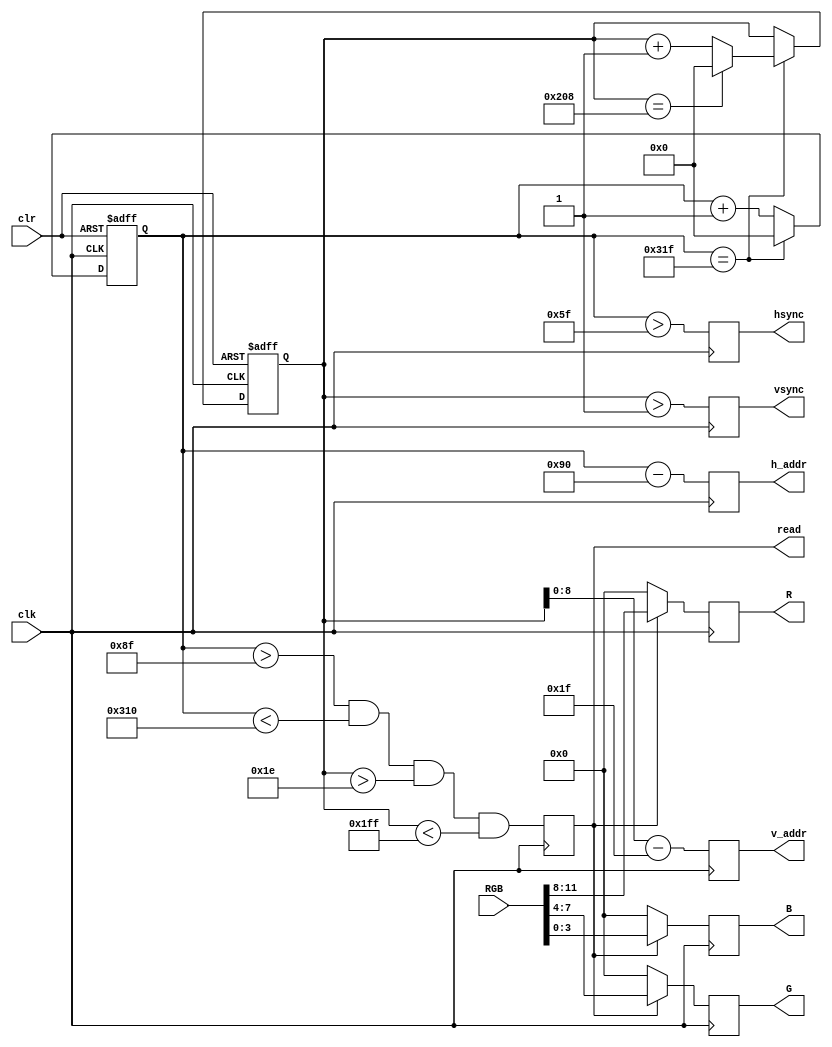
/**
 * VGA Controller
 * @author Zengkai Jiang
 * @date 2017.12.08
 */


module VGA(
                input [11:0] RGB,           //rrrrrrrr_gggggggg_bbbbbbbb
                input clk,                  //25MHz
                input clr,                  //clear, active high
                output reg [9:0] h_addr,    //horizontal address
                output reg [8:0] v_addr,    //vertical address
                output reg read,            //active high
                output reg hsync,           //horizontal synchronization
                output reg vsync,           //vertical synchronization
                output reg [3:0] R,         //red
                output reg [3:0] G,         //green
                output reg [3:0] B          //blue
    );
    
    //VGA horizontal counter
    //total:800 (0-799)
    //SP:   96  (0-95)
    //BP:   48  (96-143)
    //HV:   640 (144-783)
    //FP:   16  (784-799)
    reg [9:0] h_count;
    always @ (posedge clk or posedge clr)
        begin
            if (clr)
                begin h_count <= 10'b0; end
            else if (h_count == 10'd799)
                begin h_count <= 10'b0; end
            else                            
                begin h_count <= h_count + 10'b1; end
        end
    
    //VGA vertical counter
    //total:521 (0-520)
    //SP:   2   (0-1)
    //BP:   29  (2-30)
    //VV:   480 (31-510)
    //FP:   10  (511-520)
    reg [9:0] v_count;
    always @ (posedge clk or posedge clr)
        begin
            if (clr)
                begin v_count <= 10'b0; end
            else
                begin   if (h_count ==10'd799)
                            begin   if (v_count == 10'd520)
                                        begin v_count <= 10'b0; end
                                    else
                                        begin v_count <= v_count + 10'b1; end
                            end
                end
        end
        
    //relays
    wire [9:0] h_addr_relay = h_count - 10'd144;
    wire [9:0] v_addr_relay = v_count - 10'd31;
    wire hsync_relay = (h_count > 10'd95);
    wire vsync_relay = (v_count > 10'd1);
    wire read_relay = (h_count > 10'd143) && (h_count < 10'd784) && (v_count > 10'd30) && (v_count < 10'd511);
    
    //output
    always @ (posedge clk)
        begin
            h_addr <= h_addr_relay;
            v_addr <= v_addr_relay[8:0];
            hsync <= hsync_relay;
            vsync <= vsync_relay;
            read <= read_relay;
            R <= read ? RGB[11:8] : 4'b0;
            G <= read ? RGB[ 7:4] : 4'b0;
            B <= read ? RGB[ 3:0] : 4'b0;
        end
    
endmodule